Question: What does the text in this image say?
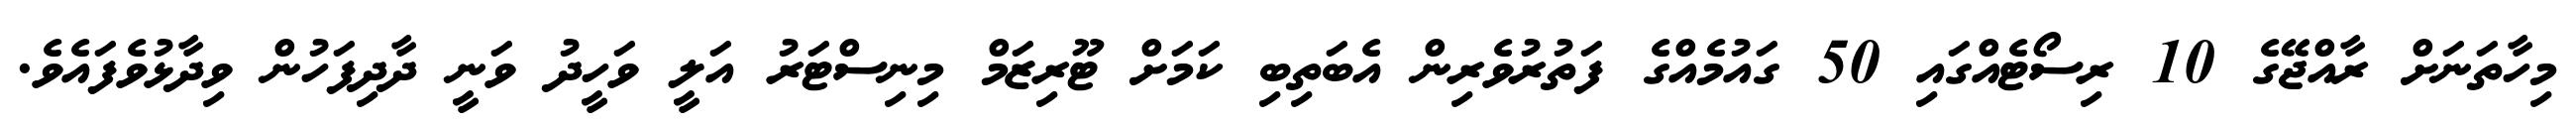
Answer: މިހާތަނަށް ރާއްޖޭގެ 10 ރިސޯޓެއްގައި 50 ގައުމެއްގެ ފަތުރުވެރިން އެބަތިބި ކަމަށް ޓޫރިޒަމް މިނިސްޓަރު އަލީ ވަހީދު ވަނީ ދާދިފަހުން ވިދާޅުވެފައެވެ.